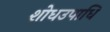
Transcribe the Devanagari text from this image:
शोधउपाधि